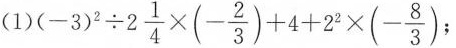
$$(-3)^{2}\div 2 \frac{1}{4}\times(- \frac{2}{3})+4+2^{2}\times(- \frac{8}{3}$$ 。